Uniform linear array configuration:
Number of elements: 48
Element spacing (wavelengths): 0.5
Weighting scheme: blackman
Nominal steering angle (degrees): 30
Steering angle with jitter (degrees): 28.007
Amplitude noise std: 0.05
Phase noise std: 0.05

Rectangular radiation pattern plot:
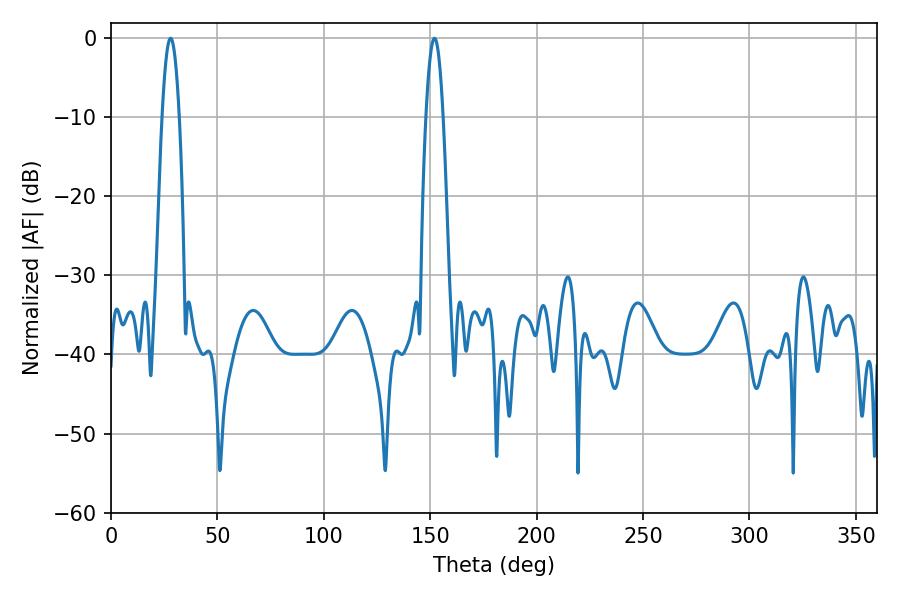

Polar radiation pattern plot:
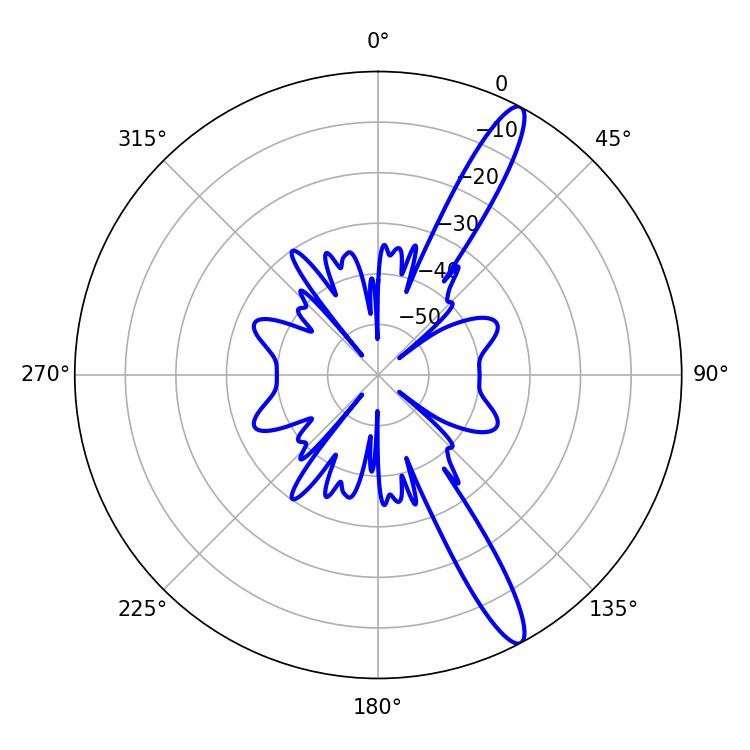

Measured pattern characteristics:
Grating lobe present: FALSE
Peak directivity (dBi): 14.053
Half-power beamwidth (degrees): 4.5
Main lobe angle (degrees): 28.08